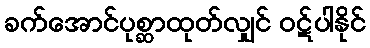
ခက်အောင်ပုစ္ဆာထုတ်လျှင် ဝဋ်ပါနိုင်